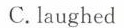
C.laughed